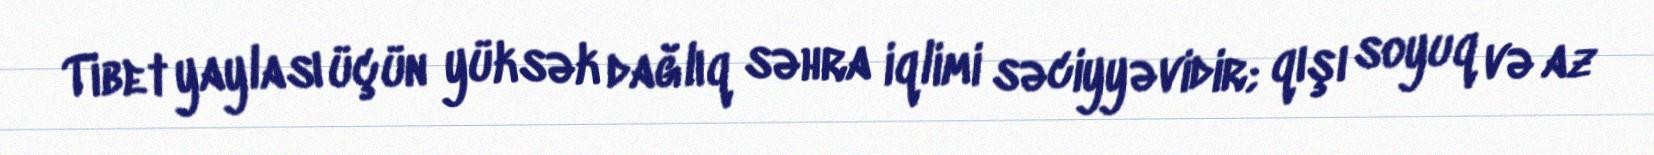
Tibet yaylası üçün yüksək dağlıq səhra iqlimi səciyyəvidir; qışı soyuq və az